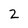
Character: 2